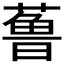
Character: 𱾢